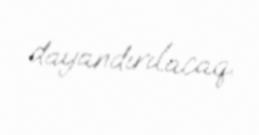
dayandırılacaq.